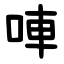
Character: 唓